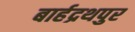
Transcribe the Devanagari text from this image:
बार्हद्रथपुर